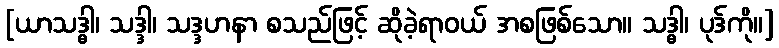
[ယာသဒ္ဓါ၊ သဒ္ဒါ၊ သဒ္ဒဟနာ စသည်ဖြင့် ဆိုခဲ့ရာဝယ် အစဖြစ်သော။ သဒ္ဓါ၊ ပုဒ်ကို။]